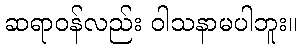
ဆရာဝန်လည်း ဝါသနာမပါဘူး။